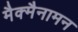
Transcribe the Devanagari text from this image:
मैक्मैनामन